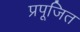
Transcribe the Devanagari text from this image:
प्रपूजित